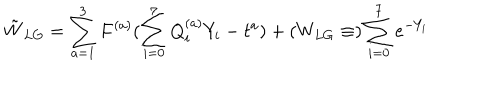
\tilde { W } _ { L G } = \sum _ { a = 1 } ^ { 3 } F ^ { ( a ) } ( \sum _ { i = 0 } ^ { 7 } Q _ { i } ^ { ( a ) } Y _ { i } - t ^ { a } ) + ( W _ { L G } \equiv ) \sum _ { i = 0 } ^ { 7 } e ^ { - Y _ { i } }